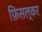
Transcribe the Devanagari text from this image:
फ़िसल्कर